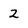
Character: 2